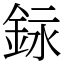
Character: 銢